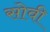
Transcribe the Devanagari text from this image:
सोवी